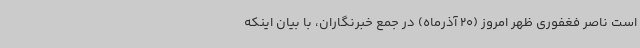
است ناصر فغفوری ظهر امروز (20 آذرماه) در جمع خبرنگاران، با بیان اینکه